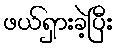
ဖယ်ရှားခဲ့ပြီး